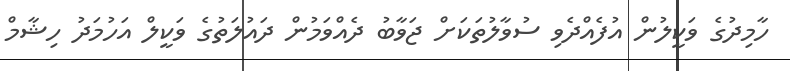
ހާމިދުގެ ވަކީލުން އުފެއްދެވި ސުވާލުތަކަށް ޖަވާބު ދެއްވަމުން ދައުލަތުގެ ވަކީލް އަހުމަދު ހިޝާމް